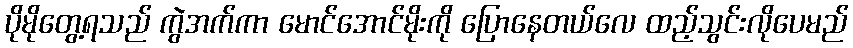
ပိုမိုတွေ့ရသည် ကွဲအက်ကာ မောင်အောင်မိုးကို ပြောနေတယ်လေ ထည့်သွင်းလိုပေမည်